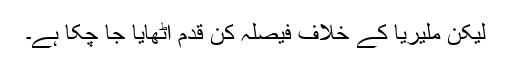
لیکن ملیریا کے خلاف فیصلہ کن قدم اٹھایا جا چکا ہے۔